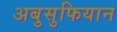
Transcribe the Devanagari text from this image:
अबुसुफियान